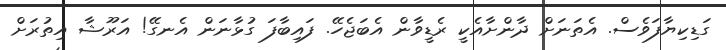
ގަޑިކިޔާފަވެސް. އެތަނަށް ދާންށާއެކީ ރެޑީވާން އެބަޖެހޭ. ފައިބާފަ ގުޅާނަން އެނގޭ! އަރޫޝާ އިތުރަށް